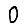
Digit: 0